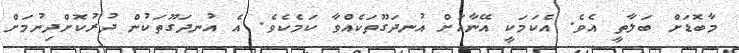
މާބޮޑަށް ބަލާތީ އެވެ. އެކަމަކީ އޭނާއަށް އުނދަގޫތަކެއްވާ ކަމެކެވެ. އެ އުނދަގޫތަކުން ދުރުކޮށްދިނުމަށް